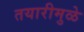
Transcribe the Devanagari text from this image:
तयारीमुळे